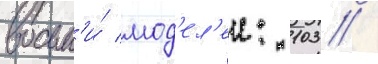
восьм'и́ мод'ел'еи: 103 /